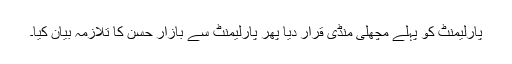
پارلیمنٹ کو پہلے مچھلی منڈی قرار دیا پھر پارلیمنٹ سے بازار حسن کا تلازمہ بیان کیا۔